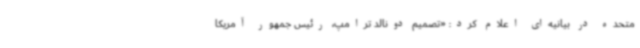
متحده در بیانیه‌ای اعلام کرد: «تصمیم دونالد ترامپ،‌ رئیس جمهور آمریکا